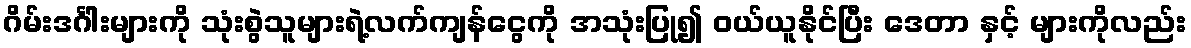
ဂိမ်းဒင်္ဂါးများကို သုံးစွဲသူများရဲ့လက်ကျန်ငွေကို အသုံးပြု၍ ဝယ်ယူနိုင်ပြီး ဒေတာ နှင့် များကိုလည်း